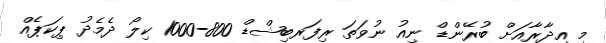
މި އިދާރާއަށް ބުރޭންޑް ނިއު ނުވަތަ ރިފަރބިޝްޑް 800-1000 ކިލޯ ދެމެދު ޕިކަޕެއް